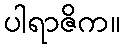
ပါရာဇိက။